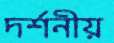
দর্শনীয়